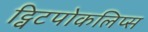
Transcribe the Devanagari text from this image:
ट्विटपोकलिप्स